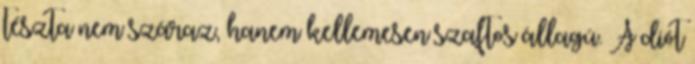
tészta nem száraz, hanem kellemesen szaftos állagú. A diót